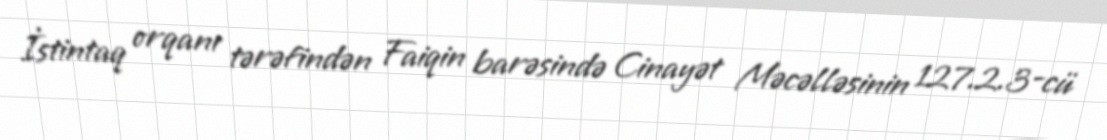
İstintaq orqanı tərəfindən Faiqin barəsində Cinayət Məcəlləsinin 127.2.3-cü